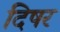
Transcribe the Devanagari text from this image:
दिषर